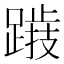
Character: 𨅅